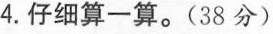
4.仔细算一算。(38分)